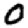
Digit: 0